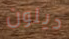
ديلون